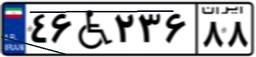
۴۶W۲۳۶۸۸